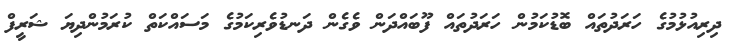
ދިރިއުޅުމުގެ ހަރަދުތައް ބޮޑުކަމުން ހަރަދުތައް ފޫބައްދަން ވެގެން ދަނޑުވެރިކަމުގެ މަސައްކަތް ކުރަމުންދިޔަ ޝަރީފް